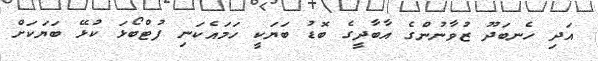
އަދި ހެނބަދޫ ޒުވާނުންގެ އާބާދީގެ ބޮޑު ބަޔަކީ ހަމައެކަނި ފުޓްބޯޅަ ކުޅޭ ބަޔަކަށް